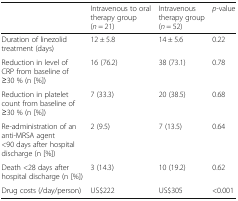
|  | Intravenous to oral therapy group(n = 21) | Intravenous therapy group(n = 52) | p-value |
 | --- | --- | --- | --- |
 | Duration of linezolid treatment (days) | 12 ± 5.8 | 14 ± 5.6 | 0.22 |
 | Reduction in level of CRP from baseline of ≥30 % (n [%]) | 16 (76.2) | 38 (73.1) | 0.78 |
 | Reduction in platelet count from baseline of ≥30 % (n [%]) | 7 (33.3) | 20 (38.5) | 0.68 |
 | Re-administration of an anti-MRSA agent <90 days after hospital discharge (n [%]) | 2 (9.5) | 7 (13.5) | 0.64 |
 | Death <28 days after hospital discharge (n [%]) | 3 (14.3) | 10 (19.2) | 0.62 |
 | Drug costs (/day/person) | US$222 | US$305 | <0.001 |